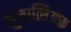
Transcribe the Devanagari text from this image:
नुनात्सिआक़